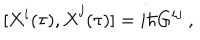
[ X ^ { i } ( \tau ) , \dot { X } ^ { j } ( \tau ) ] = i \hbar G ^ { i j } \ ,